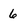
Character: 6